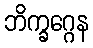
ဘိက္ခဂ္ဂေန